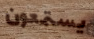
يستمعون